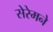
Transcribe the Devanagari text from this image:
सेरेमने